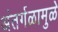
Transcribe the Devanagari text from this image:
अंतर्गळामुळे